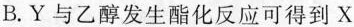
B. Y与乙醇发生酯化反应可得到X